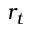
r _ { t }